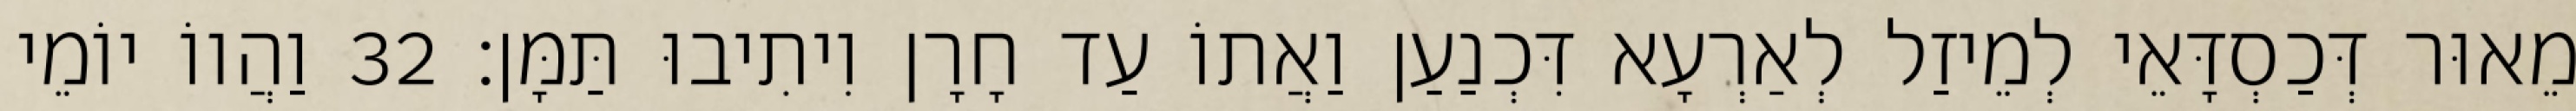
מֵאוּר דְּכַסְדָּאֵי לְמֵיזַל לְאַרְעָא דִּכְנַעַן וַאֲתוֹ עַד חָרָן וִיתִיבוּ תַּמָּן׃ 32 וַהֲווֹ יוֹמֵי